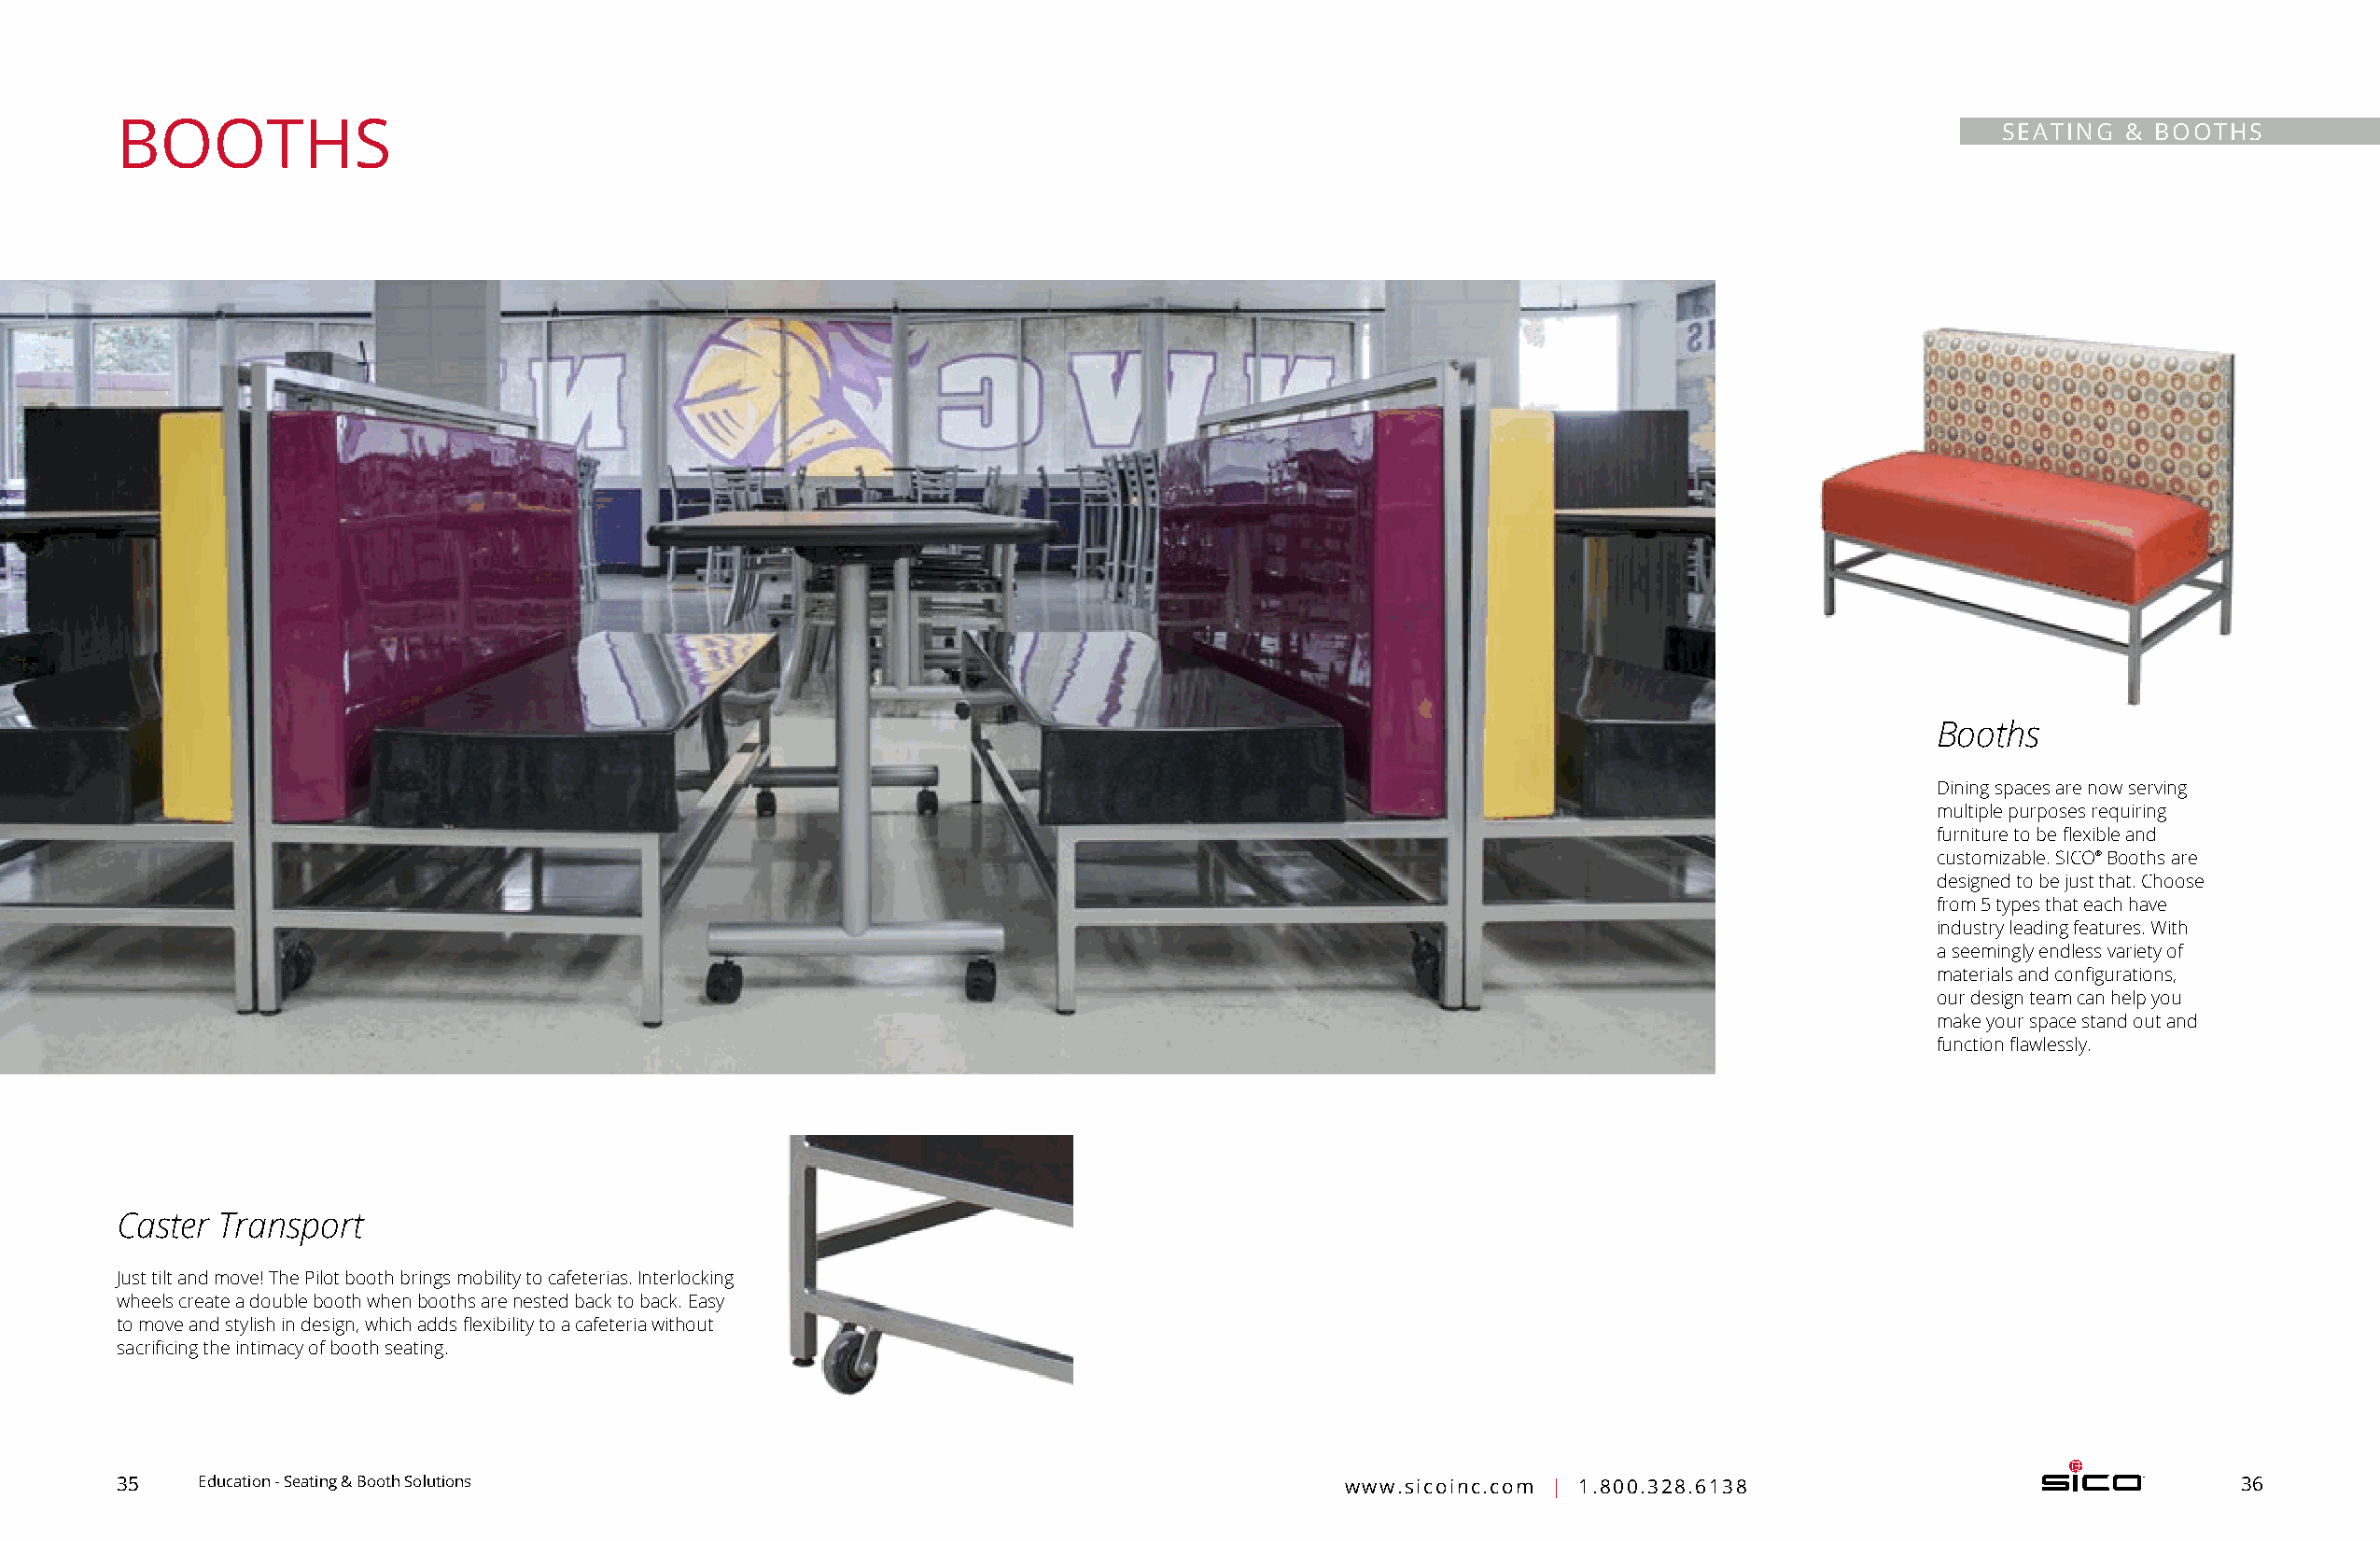
BOOTHS                                                                                                                                SEATING  & BOOTHS
 Booths
 Dining spaces are now serving
 multiple purposes requiring
 furniture to be flexible and
 customizable. SICO® Booths are
 designed to be just that. Choose
 from 5 types that each have
 industry leading features. With
 a seemingly endless variety of
 materials and configurations,
 our design team can help you
 make your space stand out and
 function flawlessly.
 Caster Transport
 Just tilt and move! The Pilot booth brings mobility to cafeterias. I nterlocking
 wheels create a double booth when booths are nested back to back. Easy
 to move and stylish in design, which adds flexibility to a cafeteria without
 sacrificing the intimacy of booth seating.
 35    Education - Seating & Booth Solutions                                            www.sicoinc.com | 1.800.328.6138                                36